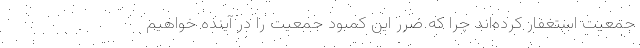
جمعیت استغفار کرده‌اند چرا که ضرر این کمبود جمعیت را در آینده خواهیم